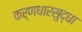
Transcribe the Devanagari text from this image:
कर्णधारसुद्धा